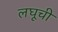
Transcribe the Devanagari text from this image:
लघूची